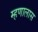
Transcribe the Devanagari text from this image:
म्हणालास